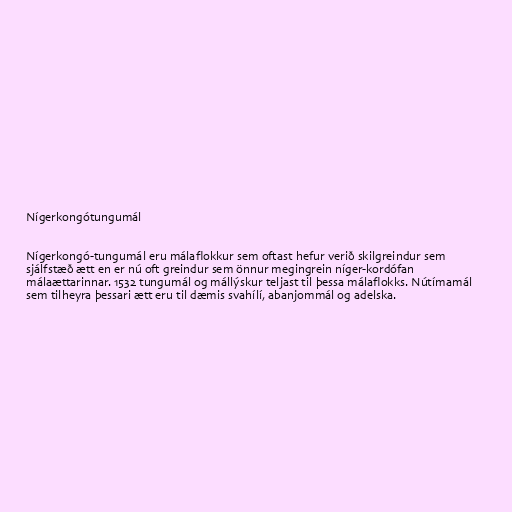
Nígerkongótungumál

Nígerkongó-tungumál eru málaflokkur sem oftast hefur verið skilgreindur sem
sjálfstæð ætt en er nú oft greindur sem önnur megingrein níger-kordófan
málaættarinnar. 1532 tungumál og mállýskur teljast til þessa málaflokks. Nútímamál
sem tilheyra þessari ætt eru til dæmis svahílí, abanjommál og adelska.